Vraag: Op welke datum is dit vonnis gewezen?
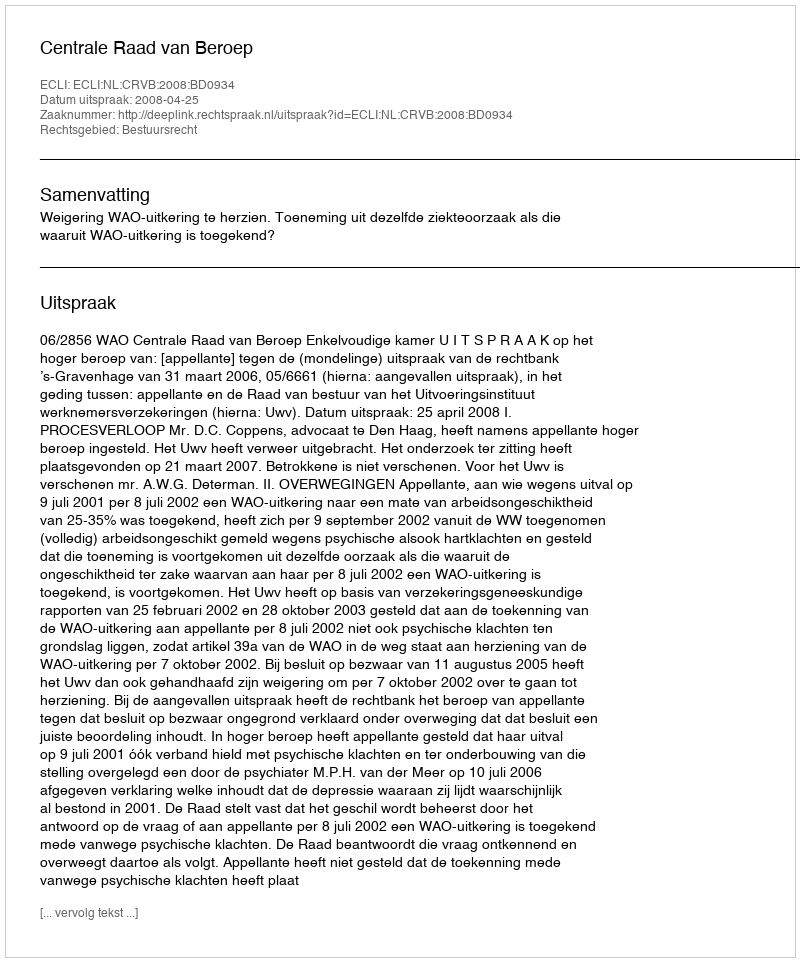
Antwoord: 2008-04-25